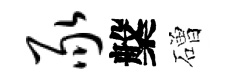
豕槃磳